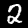
Digit: 2